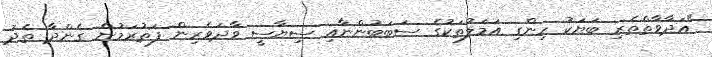
"އަދާވާތްތެރި ބަޔަކު ހިންގި އަމަލުތަކުގެ ސަބަބުންނާއި ސިޔާސީ ވާދަވެރިން ފަތުރަމުން ގެންދާ ތެދު